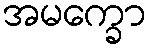
အမက္ခော